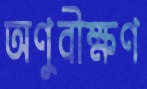
অণুবীক্ষণ